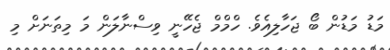
މަޑު މަޑުން ބޯ ޖަހާލިއެވެ. ހްމްމް ޖެހޭނީ ވިސްނާލަން މަ މިތަނަށް މި